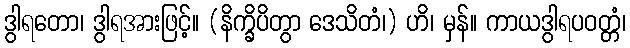
ဒွါရတော၊ ဒွါရအားဖြင့်။ (နိက္ခိပိတွာ ဒေသိတံ၊) ဟိ၊ မှန်။ ကာယဒွါရပဝတ္တံ၊